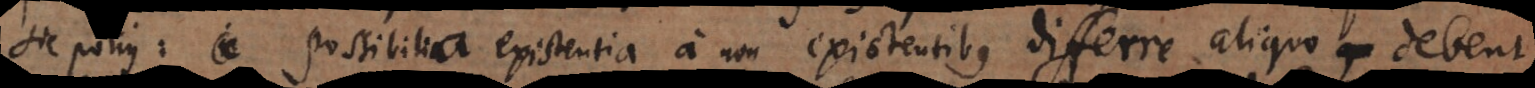
Sic potius: possibilia existentia a non existentibus differre aliquo debent,